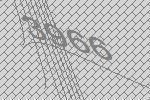
3966